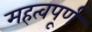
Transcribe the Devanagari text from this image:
महत्वपूर्ण